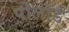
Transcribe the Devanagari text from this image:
पोलॉर्ड